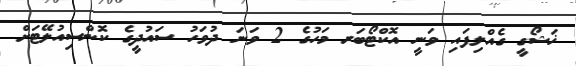
ޚަޝޯގީ ގެއްލިފައި ވަނީ އޮކްޓޯބަރ މަހުގެ 2 ވަނަ ދުވަހު ސައުދީގެ ކޮންސިއުލޭޓަށް